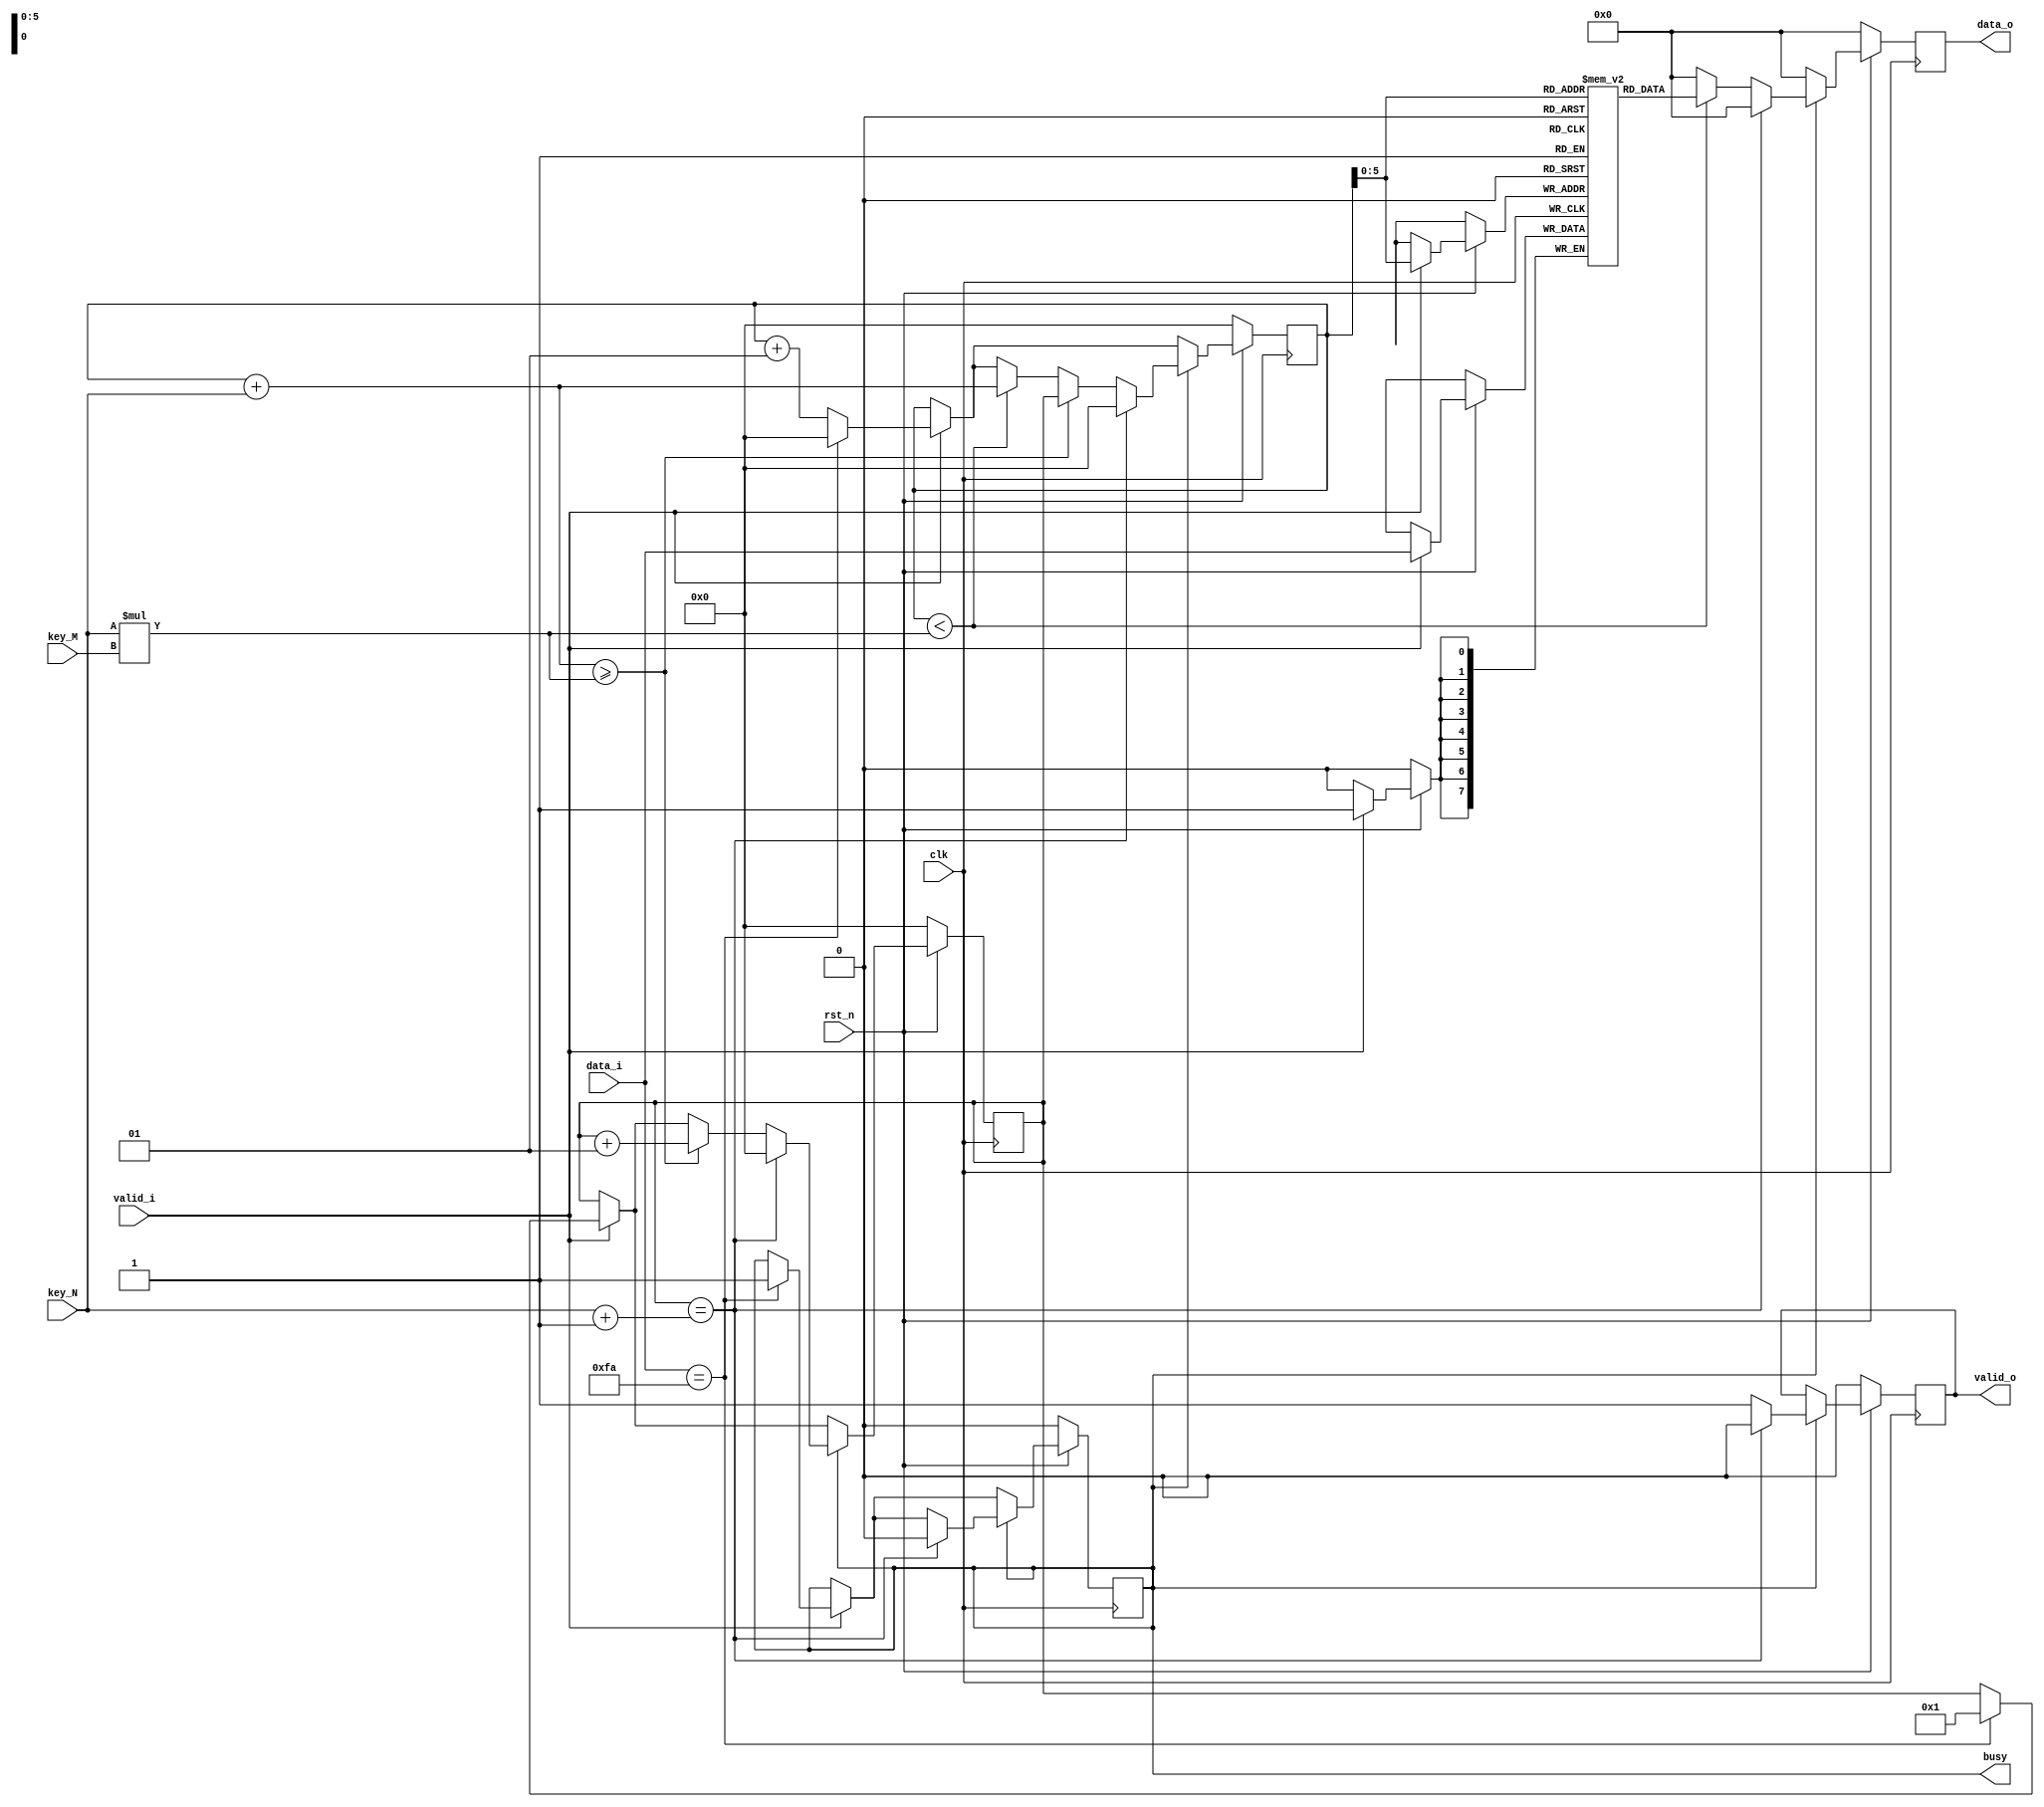
`timescale 1ns / 1ps
//////////////////////////////////////////////////////////////////////////////////
// Company: 
// Engineer: 
// 
// Design Name: 
// Module Name:    scytale_decryption 
// Project Name: 
// Target Devices: 
// Tool versions: 
// Description: 
//
// Dependencies: 
//
// Revision: 
// Revision 0.01 - File Created
// Additional Comments: 
//
//////////////////////////////////////////////////////////////////////////////////
module scytale_decryption#(
			parameter D_WIDTH = 8, 
			parameter KEY_WIDTH = 8, 
			parameter MAX_NOF_CHARS = 50,
			parameter START_DECRYPTION_TOKEN = 8'hFA
		)(
			// Clock and reset interface
			input clk,
			input rst_n,
			
			// Input interface
			input[D_WIDTH - 1:0] data_i,
			input valid_i,
			
			// Decryption Key
			input[KEY_WIDTH - 1 : 0] key_N,
			input[KEY_WIDTH - 1 : 0] key_M,
			
			// Output interface
			output reg[D_WIDTH - 1:0] data_o,
			output reg valid_o,
			
			output reg busy
    );


	integer i;
	integer j;
	reg [ D_WIDTH -1:0] aux [ MAX_NOF_CHARS - 1 : 0 ]; // folosim un vector pentru a stoca datele
	
	always @( posedge clk ) begin
		data_o <= 0;
		if( !rst_n ) begin
			data_o <= 0;
			valid_o <= 0;
			busy <= 0;
			i <= 0;
			j <= 0;
		end 
		else begin
			if(valid_i)begin
				//busy <= 0;
				aux[i] <= data_i;
				i <= i+1;
				if( data_i == START_DECRYPTION_TOKEN ) begin
					busy <= 1;
					i <= 0;
					j <= 1; //cum incepem deja de pe pozitia de inceput atunci cand iesim din vector ne ajuta sa trecem pe pozitia urmatoare
				end
			end 
			if(busy) begin
				valid_o <= 1;
				if( j == key_N+1 ) begin 
					valid_o <= 0;
					busy <= 0;
					i <= 0;
					j <= 0;
				end else begin
					if( i < key_N * key_M ) begin // mergem in key_N pasi pana iesim din vector
						data_o <= aux[i];
						i <= i + key_N;	
					end
					
					if( i+key_N >= key_N * key_M ) begin // daca am iesit din vecor revenim la inceput dar pe urmatoarea pozitie
						j <= j+1;
						i <= j;
					end
				end
			end
		end
	end


endmodule